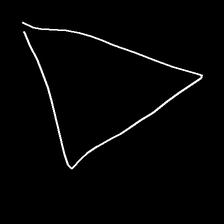
Glyph: convergence